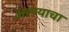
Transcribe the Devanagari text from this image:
अरण्याचा